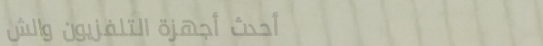
أحدث أجهزة التلفزيون والش